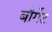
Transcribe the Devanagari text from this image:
बौर्गेट